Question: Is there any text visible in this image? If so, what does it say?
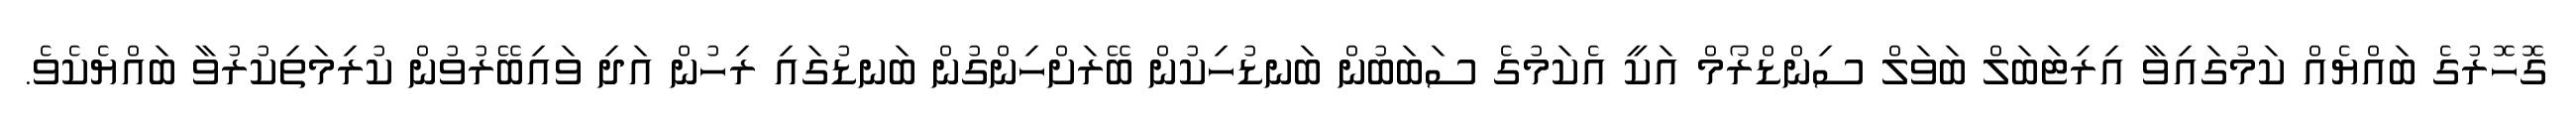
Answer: ގޮހޮރުގެ ބައްޔެއް ކަމުގައިވާ އިރިޓަބަލް ބަވަލް ސިންޑްރޯމް އަކީ އެކަމުގެ ސަބަބުން ބަނޑުހިކުން ބޭރަށްހިންގުން ބަނޑުގައި ރިހުން އަދި ވައިބޭރުވުން ކުރިމަތިކުރުވާ ބައްޔެކެވެ.